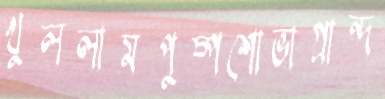
খুললামপুষ্পশোভাগ্রান্দ